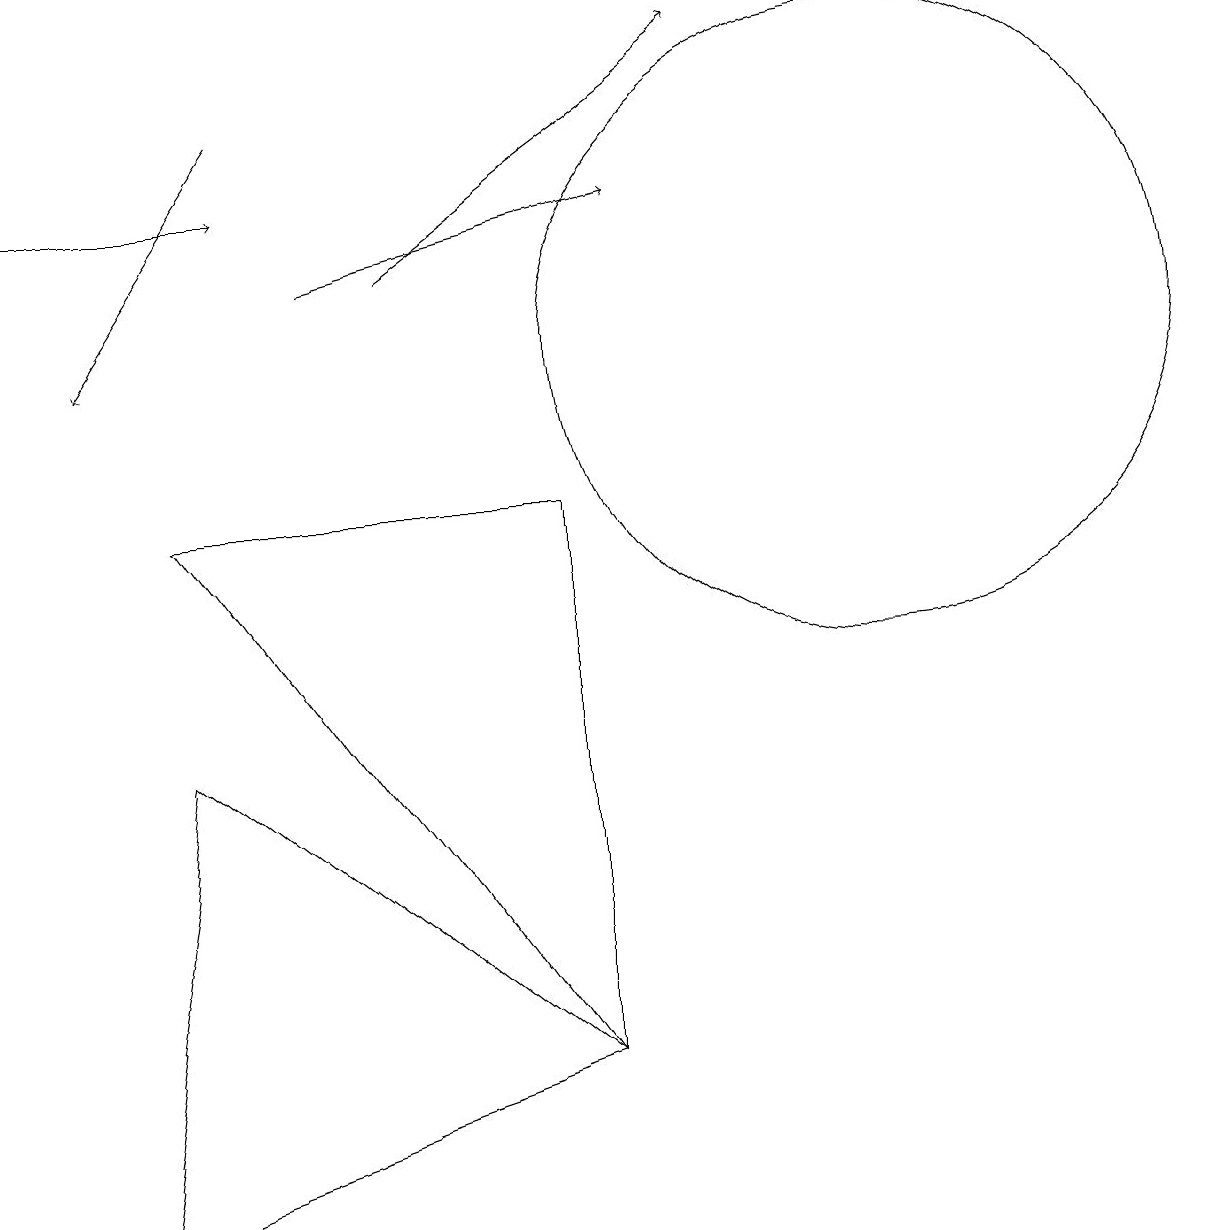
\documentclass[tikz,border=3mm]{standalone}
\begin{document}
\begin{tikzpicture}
\draw[->] (4,12) -- (8,13);
\draw[->] (5,12) -- (9,15);
\draw (11,11) circle (4);
\draw (2,9) -- (7,2) -- (7,9) -- cycle;
\draw[->] (0,13) -- (3,13);
\draw[->] (3,14) -- (1,11);
\draw (7,2) -- (2,6) -- (1,0) -- cycle;
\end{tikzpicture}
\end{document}